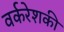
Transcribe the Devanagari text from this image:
वर्करेशकी